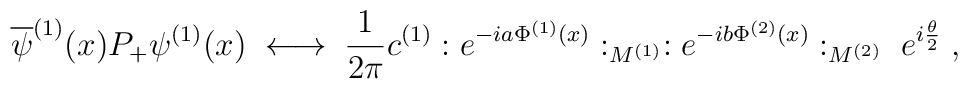
\overline{\psi}^{(1)}(x) P_+ \psi^{(1)}(x) \; \longleftrightarrow \;\frac{1}{2\pi} c^{(1)} :e^{-ia \Phi^{(1)}(x)}:_{M^{(1)}}:e^{-ib \Phi^{(2)}(x)}:_{M^{(2)}} \; e^{i\frac{\theta}{2}} \; ,